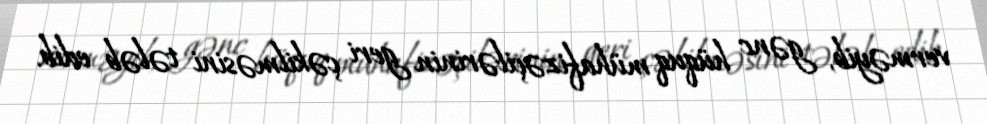
verməyib, gənc hüquq mühafizəçilərinin geri çəkilməsini tələb edib.